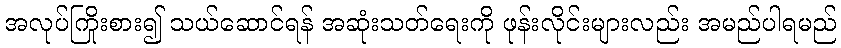
အလုပ်ကြိုးစား၍ သယ်ဆောင်ရန် အဆုံးသတ်ရေးကို ဖုန်းလိုင်းများလည်း အမည်ပါရမည်